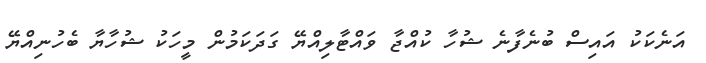
އަނެކަކު އައިސް ބުނެފާނެ ޝުހާ ކުއްޖާ ވައްޓާލިއްޔޭ ގަދަކަމުން މީހަކު ޝުހާޔާ ބެހުނިއްޔޭ